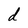
Character: d